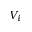
V _ { i }